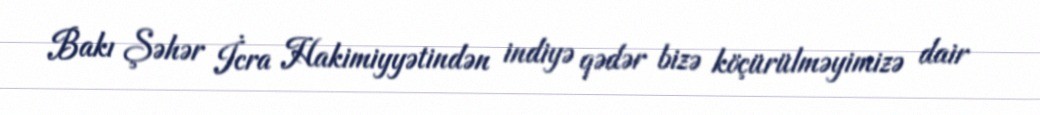
Bakı Şəhər İcra Hakimiyyətindən indiyə qədər bizə köçürülməyimizə dair